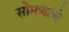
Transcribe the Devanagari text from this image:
सोमणांचे